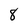
Character: 8